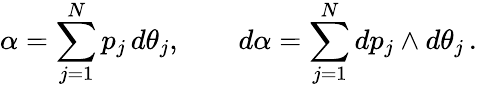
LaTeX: \alpha=\sum_{j=1}^{N}p_{j}\, d\theta_{j},\qquad d\alpha=\sum_{j=1}^{N}dp_{j}\wedge d\theta_{j}\, .